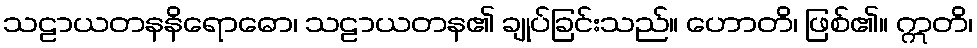
သဠာယတနနိရောဓော၊ သဠာယတန၏ ချုပ်ခြင်းသည်။ ဟောတိ၊ ဖြစ်၏။ ဣတိ၊